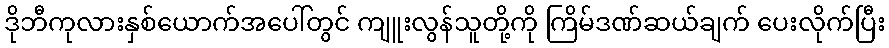
ဒိုဘီကုလားနှစ်ယောက်အပေါ်တွင် ကျူးလွန်သူတို့ကို ကြိမ်ဒဏ်ဆယ်ချက် ပေးလိုက်ပြီး